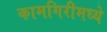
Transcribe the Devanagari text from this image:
कामगिरीमध्ये